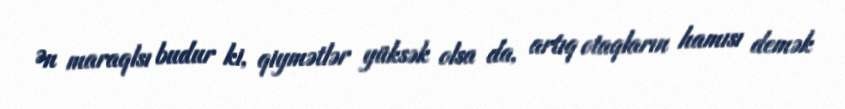
Ən maraqlsı budur ki, qiymətlər yüksək olsa da, artıq otaqların hamısı demək